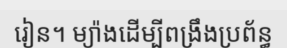
រៀន។ ម្យ៉ាងដើម្បីពង្រឹងប្រព័ន្ធ